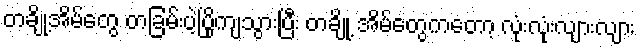
တချို့အိမ်တွေ တခြမ်းပဲ့ပြိုကျသွားပြီး တချို့ အိမ်တွေကတော့ လုံးလုံးလျားလျား